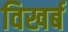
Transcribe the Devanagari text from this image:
विखर्ब